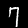
Digit: 7